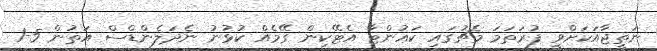
ނަތީޖާއަކަށްވީ ފުރަތަމަ މެޗުގައި ކައުންޓާ އެޓޭކިން ގޭމެއް ކުޅުނު ނެދަލެންޑްސް އަތުން 5-1